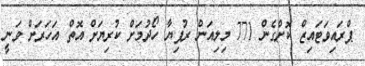
ޕްރައިވަޓައިޒް ކޮށްގެން 771 މިލިއަން ރުފިޔާ ހޯދުމަށް ކުރިޔަށް އޮތް އަހަރަށް ވަނީ